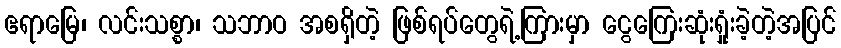
ဧရာမြေ၊ လင်းသစ္စာ၊ သဘာဝ အစရှိတဲ့ ဖြစ်ရပ်တွေရဲ့ကြားမှာ ငွေကြေးဆုံးရှုံးခဲ့တဲ့အပြင်